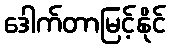
ဒေါက်တာမြင့်နိုင်